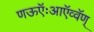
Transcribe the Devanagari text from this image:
णऊऍःआऍव्वॅण्